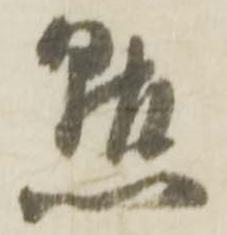
点